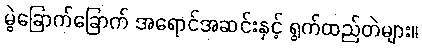
မွဲခြောက်ခြောက် အရောင်အဆင်းနှင့် ရွက်ထည်တဲများ။